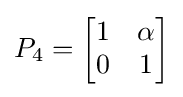
P_{4}={\begin{bmatrix}1&\alpha \\0&1\end{bmatrix}}